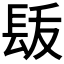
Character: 𨱩